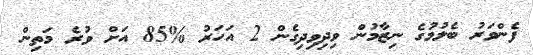
ފެންވަރު ބެލުމުގެ ނިޒާމުން ވިދިވިދިގެން 2 އަހަރު %85 އަށް ވުރެ މަތިން